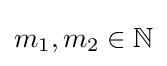
m_{1},m_{2}\in \mathbb {N}